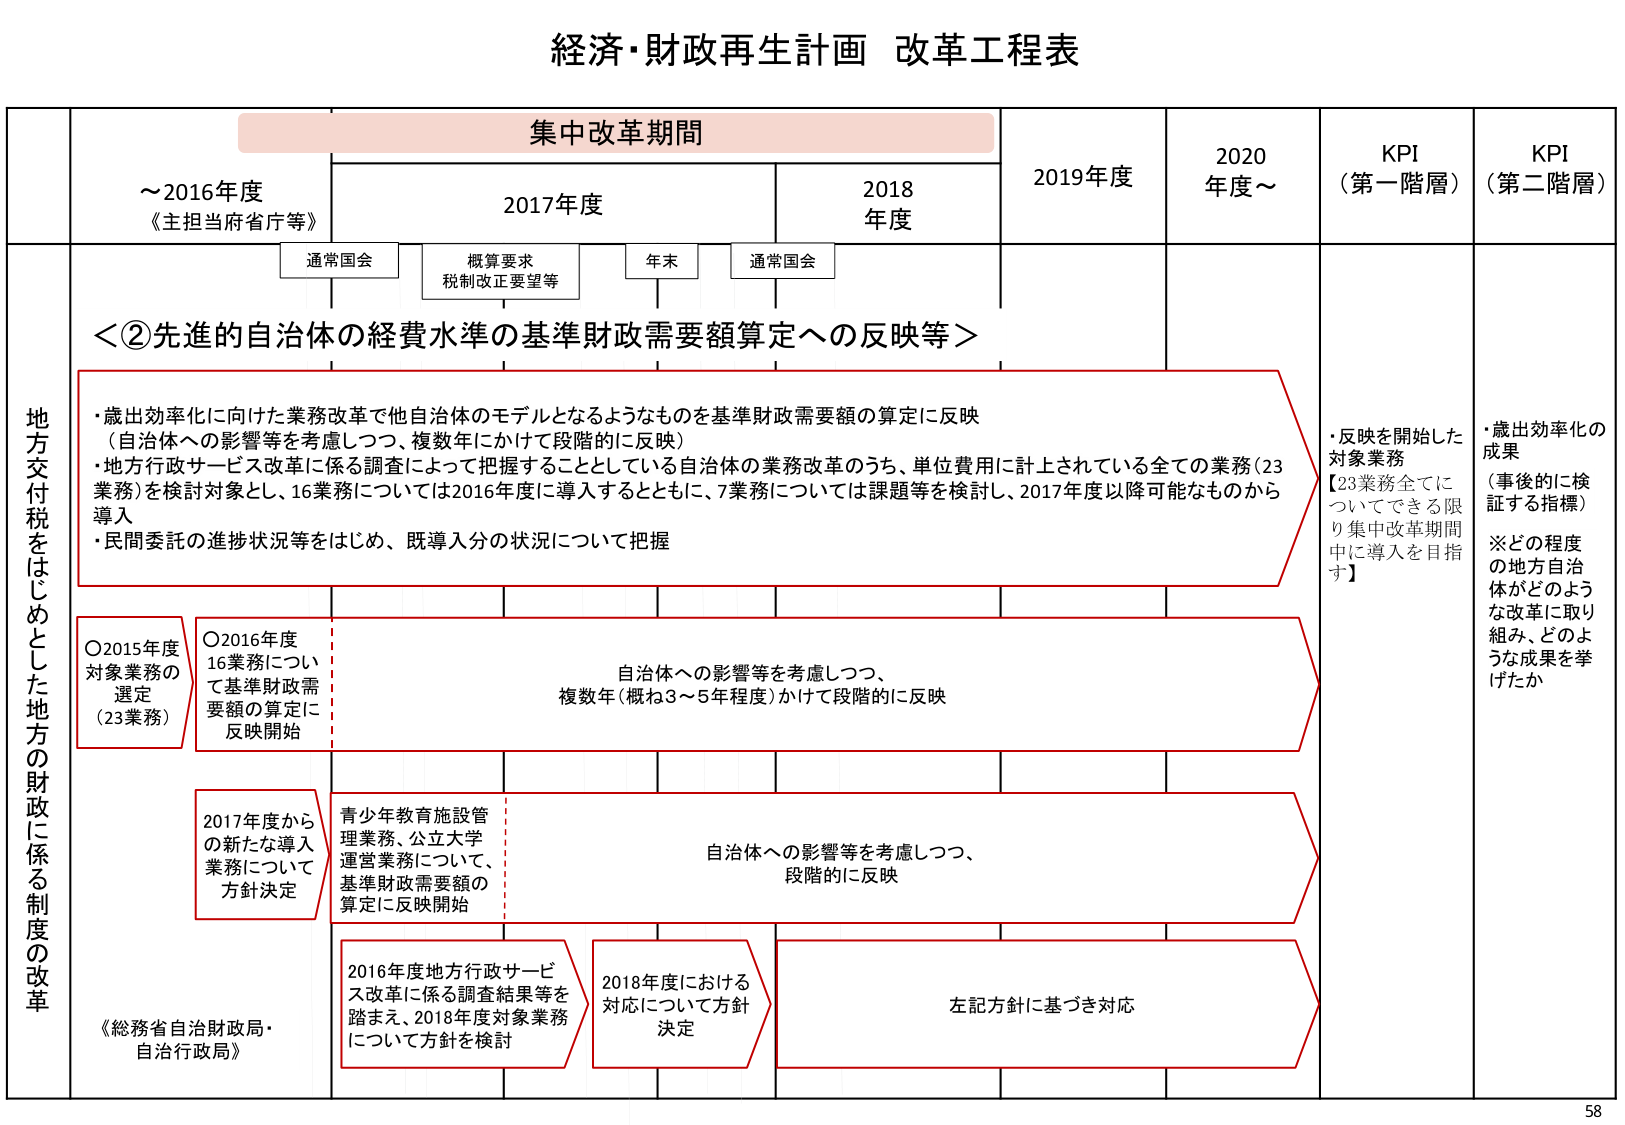
経済・財政再生計画 改革工程表

集中改革期間

～2016年度
《主担当府省庁等》

2017年度
通常国会
概算要求
税制改正要望等
年末
通常国会

2018年度

2019年度

2020年度～

KPI
（第一階層）

KPI
（第二階層）

地方交付税をはじめとした地方の財政に係る制度の改革

＜②先進的自治体の経費水準の基準財政需要額算定への反映等＞

・歳出効率化に向けた業務改革で他自治体のモデルとなるようなものを基準財政需要額の算定に反映
（自治体への影響等を考慮しつつ、複数年にかけて段階的に反映）
・地方行政サービス改革に係る調査によって把握することとしている自治体の業務改革のうち、単位費用に計上されている全ての業務（23業務）を検討対象とし、16業務については2016年度に導入するとともに、7業務については課題等を検討し、2017年度以降可能なものから導入
・民間委託の進捗状況等をはじめ、既導入分の状況について把握

○2015年度
対象業務の選定
（23業務）

○2016年度
16業務について
基準財政需要額の算定に
反映開始

自治体への影響等を考慮しつつ、
複数年（概ね3～5年程度）かけて段階的に反映

2017年度からの新たな導入業務について
方針決定

青少年教育施設管理業務、公立大学運営業務について、
基準財政需要額の算定に反映開始

自治体への影響等を考慮しつつ、
段階的に反映

2016年度地方行サービス改革に係る調査結果等を踏まえ、2018年度対象業務について方針を検討

2018年度における対応について方針決定

左記方針に基づき対応

・反映を開始した対象業務
【23業務全てについてできる限り集中改革期間中に導入を目指す】

・歳出効率化の成果
（事後的に検証する指標）
※どの程度の地方自治体がどのような改革に取り組み、どのような成果を挙げたか

《総務省自治財政局・自治行政局》

58